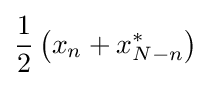
{\frac {1}{2}}\left(x_{n}+x_{N-n}^{*}\right)